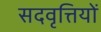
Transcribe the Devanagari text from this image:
सदवृत्तियों